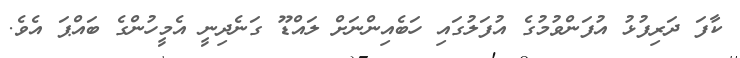
ކާފަ ދަރިފުޅު އުފަންވުމުގެ އުފަލުގައި ހަބެއިންނަށް ލައްޑޫ ގަނެދިނީ އެމީހުންގެ ބައްޕަ އެވެ.